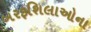
બરફશિલાઓના